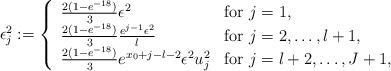
LaTeX: \begin{align*} \epsilon_j^2 := \left\{ \begin{array}{ll}\frac{2(1 - e^{-18})}{3} \epsilon^2 & \mbox{for $j=1$,} \\\frac{2(1 - e^{-18})}{3} \frac{e^{j-1}\epsilon^2}{l} & \mbox{for $j = 2, \dots, l+1$,} \\\frac{2(1 - e^{-18})}{3} e^{x_0 + j-l -2} \epsilon^2 u_j^2 & \mbox{for $j = l+2, \dots, J+1$,} \end{array} \right. \end{align*}